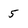
Character: 5